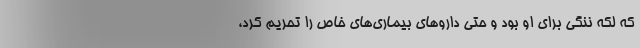
که لکه ننگی برای او بود و حتی دارو‌های بیماری‌های خاص را تحریم کرد،